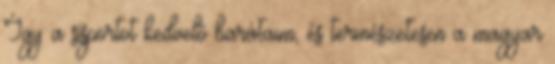
Így a sísportot kedvelő barátaim, és természetesen a magyar